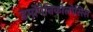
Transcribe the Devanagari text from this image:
डर्मोपैनिकोलोसिस